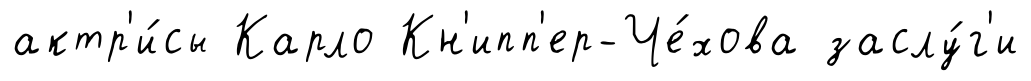
актр'и́сы Карло Кн'ипп'ер-Че́хова заслу́г'и